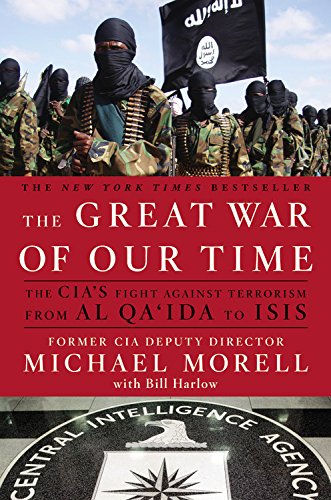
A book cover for The Great War of Our Time: The CIA's Fight Against Terrorism--From al Qa'ida to ISIS; Michael Morell; Biographies & Memoirs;